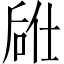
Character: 𫪣